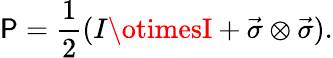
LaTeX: \mathsf{P}=\frac{{1}}{{2}}(I\otimesI+\vec{{\sigma}}\otimes\vec{{\sigma}}).